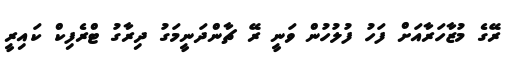
ރޭގެ މުޒާހަރާއަށް ފަހު ފުލުހުން ވަނީ ރޭ ޗާންދަނީމަގު ދިރާގު ޓްރެފިކް ކައިރީ